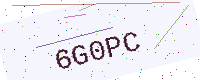
Text: 6G0PC